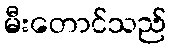
မီးတောင်သည်